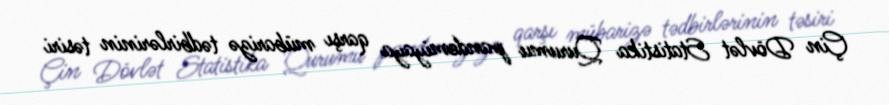
Çin Dövlət Statistika Qurumu pandemiyaya qarşı mübarizə tədbirlərinin təsiri